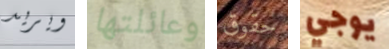
ويريد وعائلتها حقوق يوجي